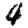
Digit: 4